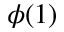
\phi ( 1 )